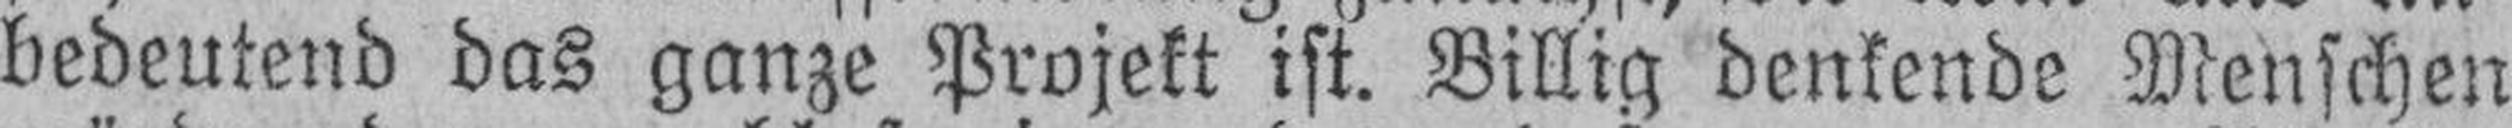
bedeutend das ganze Projekt ist. Billig denkende Menschen